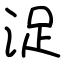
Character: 浞